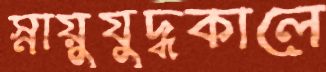
স্নায়ুযুদ্ধকালে